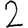
Digit: 2